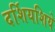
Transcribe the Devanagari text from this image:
दर्शियशिये